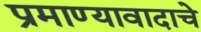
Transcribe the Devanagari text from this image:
प्रमाण्यावादाचे